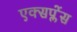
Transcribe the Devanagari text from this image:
एक्सप्लेंस